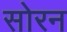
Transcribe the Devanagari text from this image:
सोरन